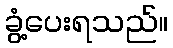
ခွံ့ပေးရသည်။